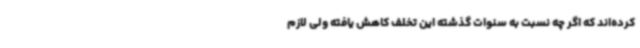
کرده‌اند که اگر چه نسبت به سنوات گذشته این تخلف کاهش یافته ولی لازم